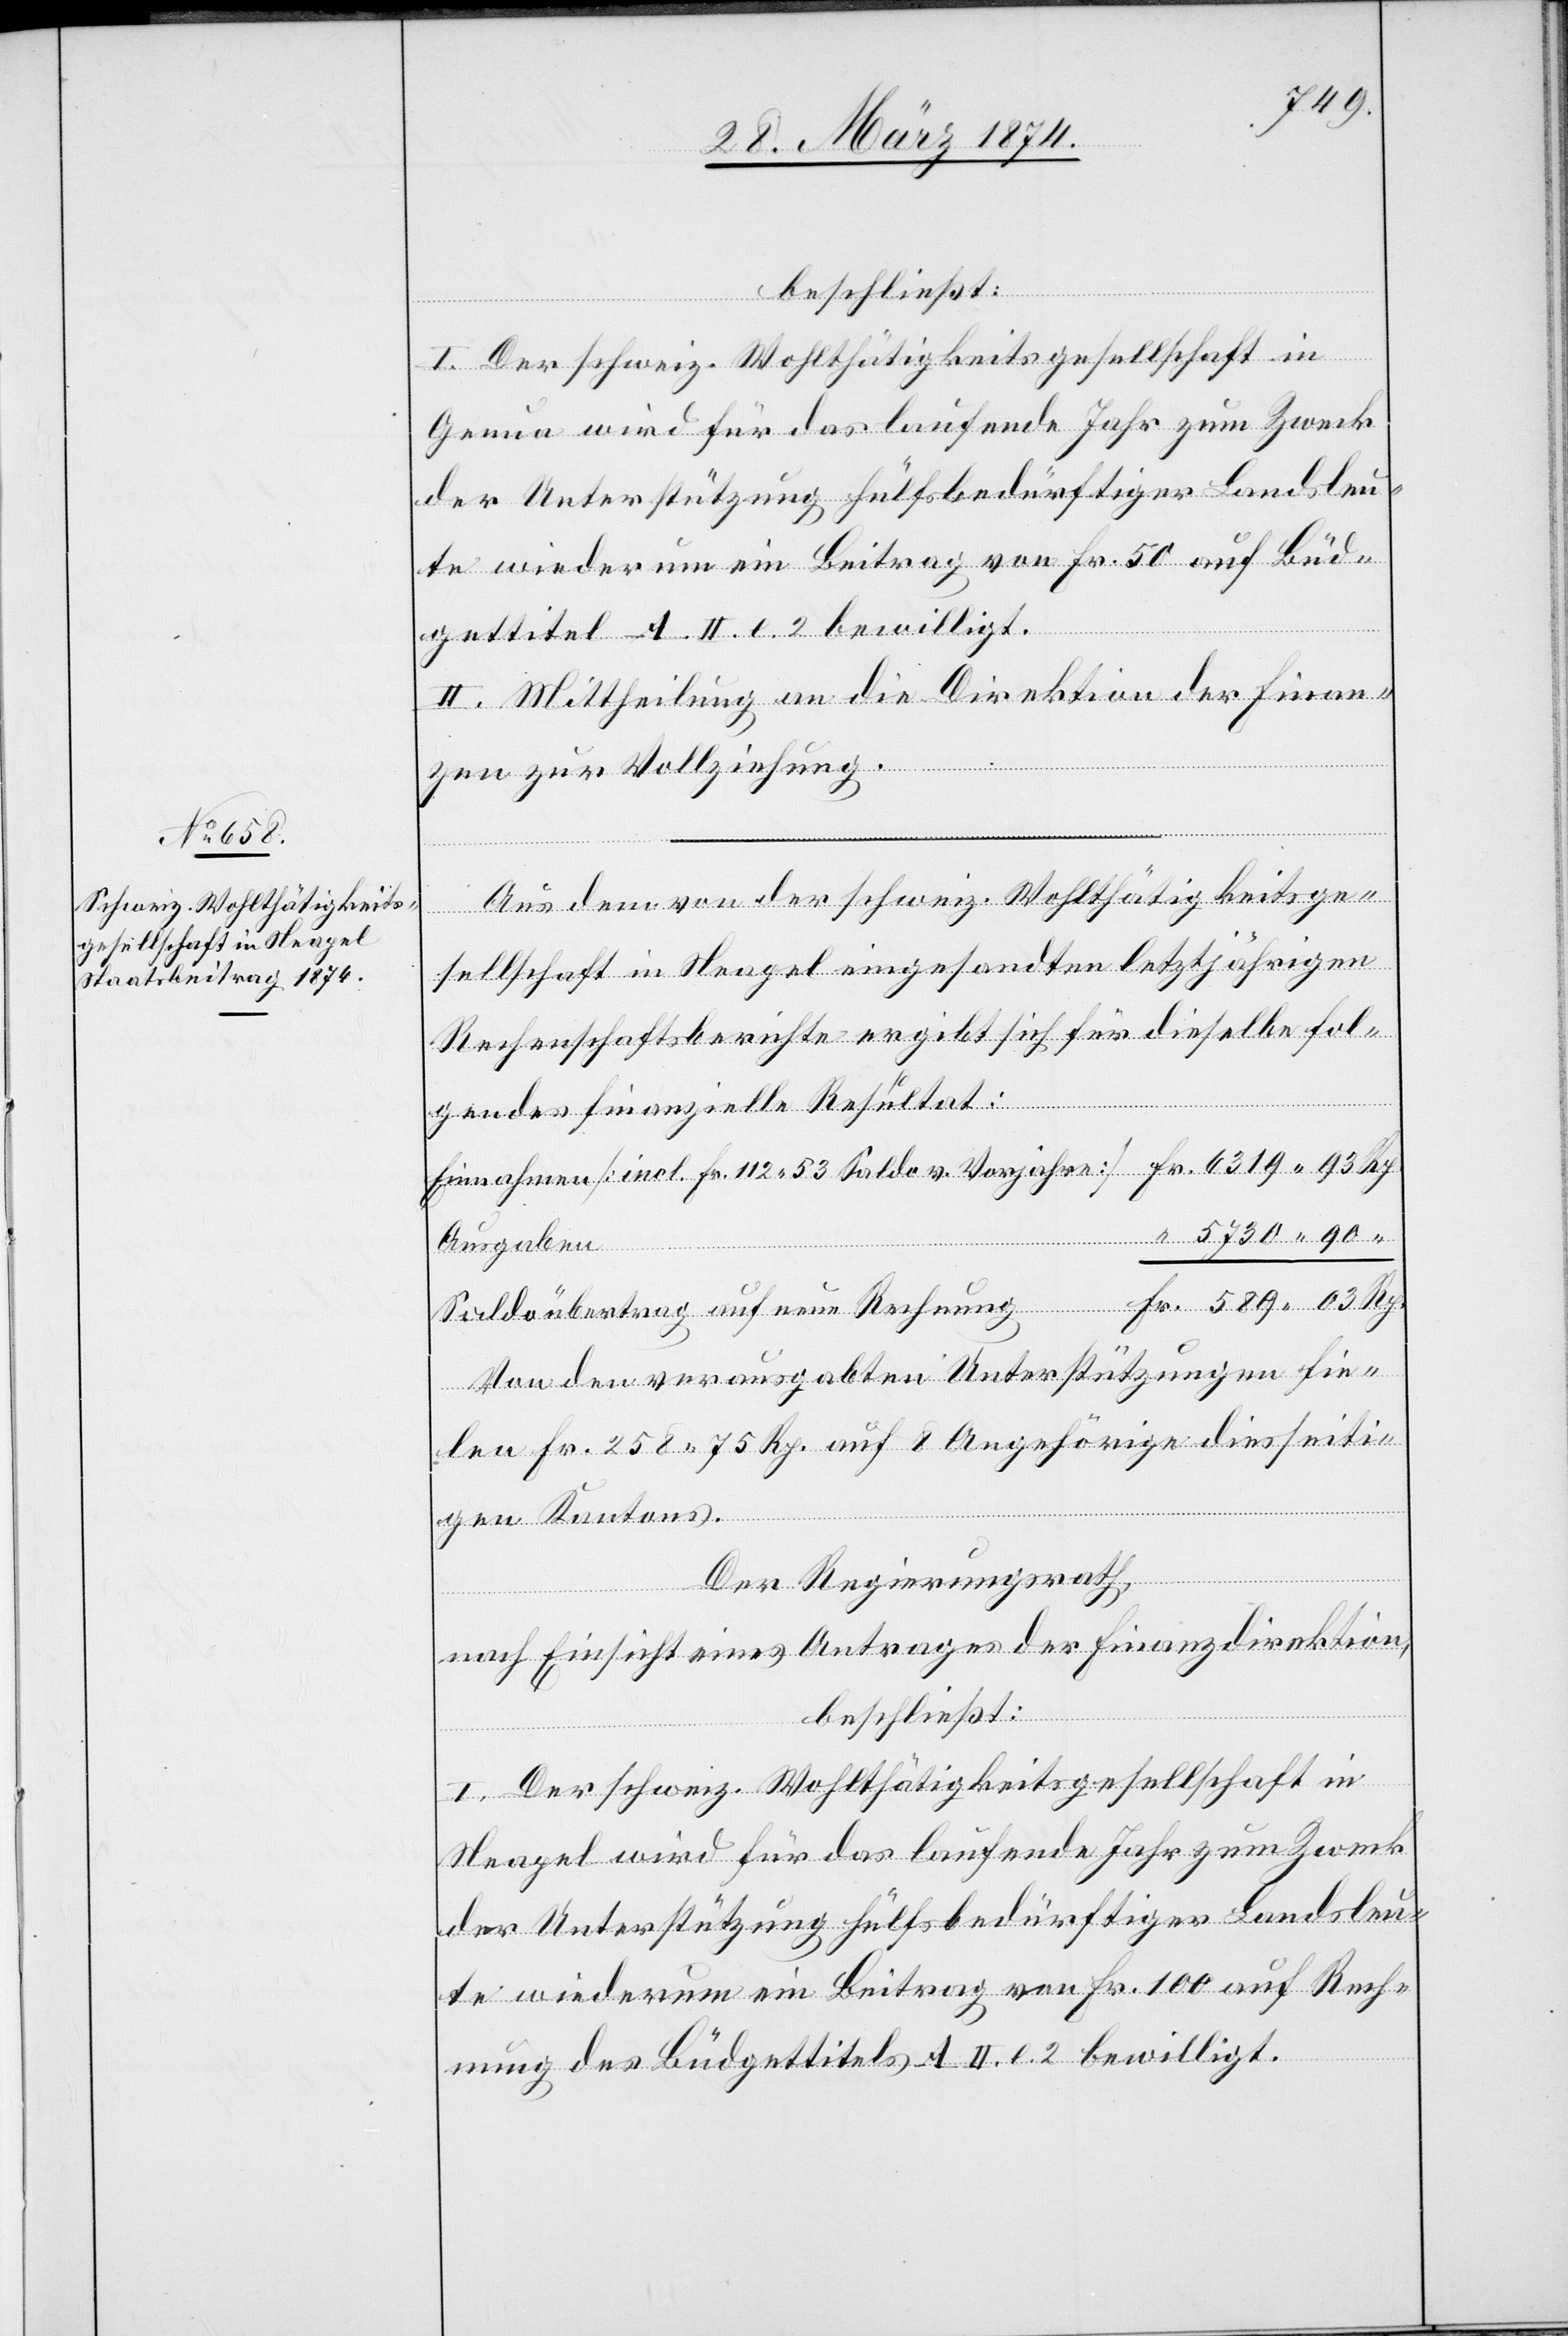
Genua wird für das laufende Jahr zum Zweck
der Unterstützung hülfsbedürftiger Landsleu¬
te wiederum ein Beitrag von Fr. 50 auf Büd¬
gettitel A. II. e. 2 bewilligt.
II. Mittheilung an die Direktion der Finan¬
zen zur Vollziehung.
Aus dem von der schweiz. Wohltätigkeitsge¬
sellschaft in Neapel eingesandten letztjährigen
Rechenschaftsberichte ergibt sich für dieselbe fol¬
gendes finanzielle Resultat:
Einnahmen [incl. Fr. 112.53 Saldo v. Vorjahre] 		Fr. 6319.93 Rp.
“ 5730.90 “
r. 589.03 Rp.
Saldoübertrag auf neue Rechnung			F¬
Von den verausgabten Unterstützungen fie¬
len Fr. 285.75 Rp. auf 8 Angehörige diesseiti¬
gen Kantons.
Der Regierungsrath,
nach Einsicht eines Antrages der Finanzdirektion,
beschließt:
I. Der schweiz. Wohltätigkeitsgesellschaft in
Neapel wird für das laufende Jahr zum Zweck
der Unterstützung hülfsbedürftiger Landsleu¬
te wiederum ein Beitrag von Fr. 100 auf Rech¬
nung des Büdgettitels A II. 2. 2 bewilligt.